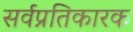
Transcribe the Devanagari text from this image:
सर्वप्रतिकारक